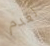
لعدم